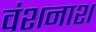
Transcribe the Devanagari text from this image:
वंशनाश